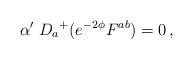
LaTeX: \begin{align*}\alpha' \; D_a{}^+ (e^{-2 \phi} F^{ab}) = 0 \, ,\end{align*}